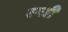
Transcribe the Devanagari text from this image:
रन्जी